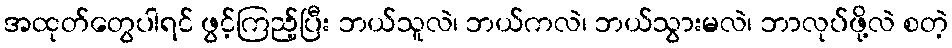
အထုတ်တွေပါရင် ဖွင့်ကြည့်ပြီး ဘယ်သူလဲ၊ ဘယ်ကလဲ၊ ဘယ်သွားမလဲ၊ ဘာလုပ်ဖို့လဲ စတဲ့